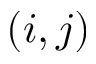
( i , j )